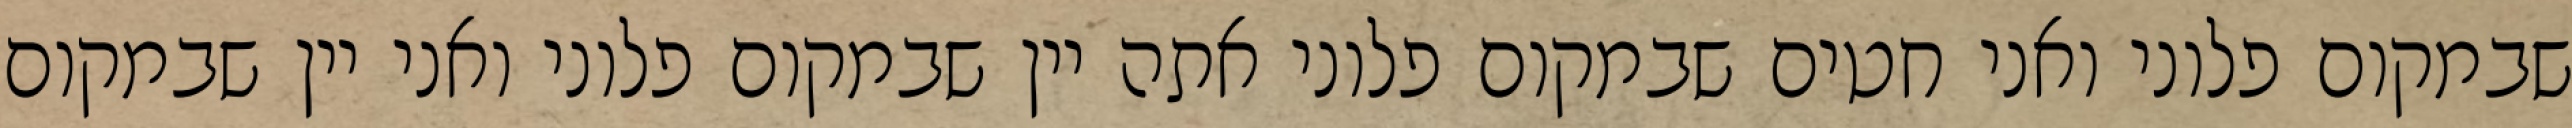
שבמקום פלוני ואני חטים שבמקום פלוני אתה יין שבמקום פלוני ואני יין שבמקום